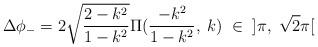
LaTeX: \begin{align*}\Delta\phi_-=2\sqrt{\frac{2-k^2}{1-k^2}}\Pi(\frac{-k^2}{1-k^2},\;k)\;\in\;\;]\pi,\;\sqrt{2}\pi[\end{align*}